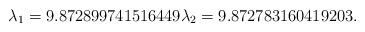
\begin{align*}\lambda_1=9.872899741516449 \lambda_2 = 9.872783160419203.\end{align*}